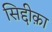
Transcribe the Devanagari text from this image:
सिद्दीक़ा